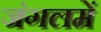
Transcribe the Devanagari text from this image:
जंगलमें